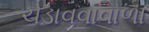
ચડાવવાવાળા